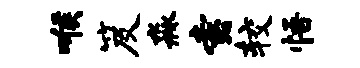
喉笈淼索较悟